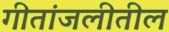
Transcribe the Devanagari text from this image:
गीतांजलीतील